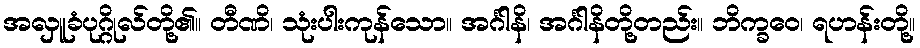
အလှူခံပုဂ္ဂိုလ်တို့၏။ တီဏိ၊ သုံးပါးကုန်သော။ အင်္ဂါနိ၊ အင်္ဂါနိတို့တည်း။ ဘိက္ခဝေ၊ ရဟန်းတို့။